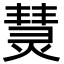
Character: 熭